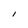
Character: I